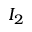
I _ { 2 }